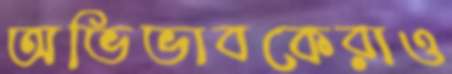
অভিভাবকেরাও